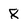
Character: 8